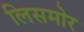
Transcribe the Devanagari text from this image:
लिसमोर